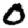
Digit: 0